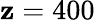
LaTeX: \mathbf{z}=400